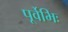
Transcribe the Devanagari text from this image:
पूर्वेभिः